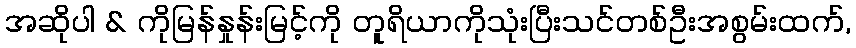
အဆိုပါ & ကိုမြန်နှုန်းမြင့်ကို တူရိယာကိုသုံးပြီးသင်တစ်ဦးအစွမ်းထက်,